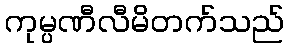
ကုမ္ပဏီလီမိတက်သည်